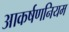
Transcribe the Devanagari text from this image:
आकर्षणनियम